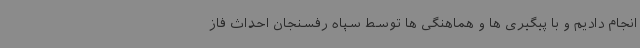
انجام دادیم و با پیگیری ها و هماهنگی ها توسط سپاه رفسنجان احداث فاز